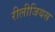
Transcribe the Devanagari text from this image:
रीलीजियस